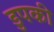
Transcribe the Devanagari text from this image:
डुपकी